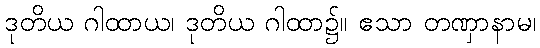
ဒုတိယ ဂါထာယ၊ ဒုတိယ ဂါထာ၌။ ဧသာ တဏှာနာမ၊